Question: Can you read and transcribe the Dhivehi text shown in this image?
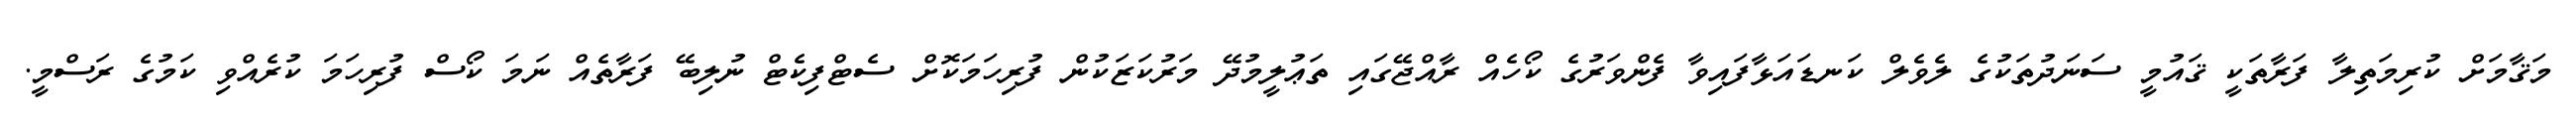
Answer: މަޤާމަށް ކުރިމަތިލާ ފަރާތަކީ ޤައުމީ ސަނަދުތަކުގެ ލެވެލް ކަނޑައަޅާފައިވާ ފެންވަރުގެ ކޯހެއް ރާއްޖޭގައި ތަޢުލީމުދޭ މަރުކަޒަކުން ފުރިހަމަކޮށް ސެޓްފިކެޓް ނުލިބޭ ފަރާތެއް ނަމަ ކޯސް ފުރިހަމަ ކުރެއްވި ކަމުގެ ރަސްމީ.